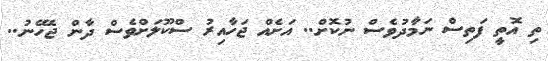
ތި އޮތީ ފަތިސް ނަމާދުވެސް ނުކޮށް.. އަށެއް ޖަހާއިރު ސްކޫލަށްވެސް ދާން ޖެހޭނު..